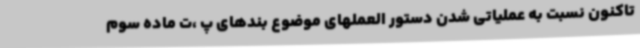
تاکنون نسبت به عملیاتی شدن دستور العملهای موضوع بندهای پ ،ت ماده سوم